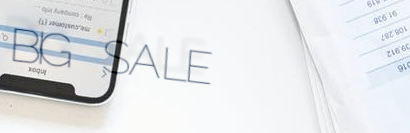
BIG SALE